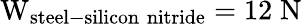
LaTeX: \mathrm{W_{steel-silicon\; nitride}=12\; N}